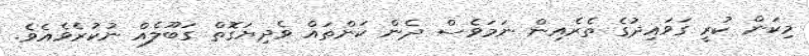
މިކަން ކުރީ ގަވައިދުގެ ތެރެއިން ނަމަވެސް ދެން ކަންތައް ވެދިޔަގޮތް ގަބޫލެއް ނުކުރެވެއެވެ.